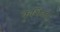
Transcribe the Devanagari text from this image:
कृशिका